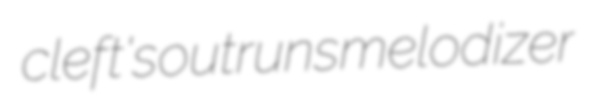
cleft's outruns melodizer